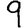
Digit: 9